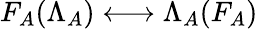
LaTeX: F_{A}(\Lambda_{A})\longleftrightarrow\Lambda_{A}(F_{A})